Leaving Certificate Examination (including Day School Certificate (Higher) General paper), 1937
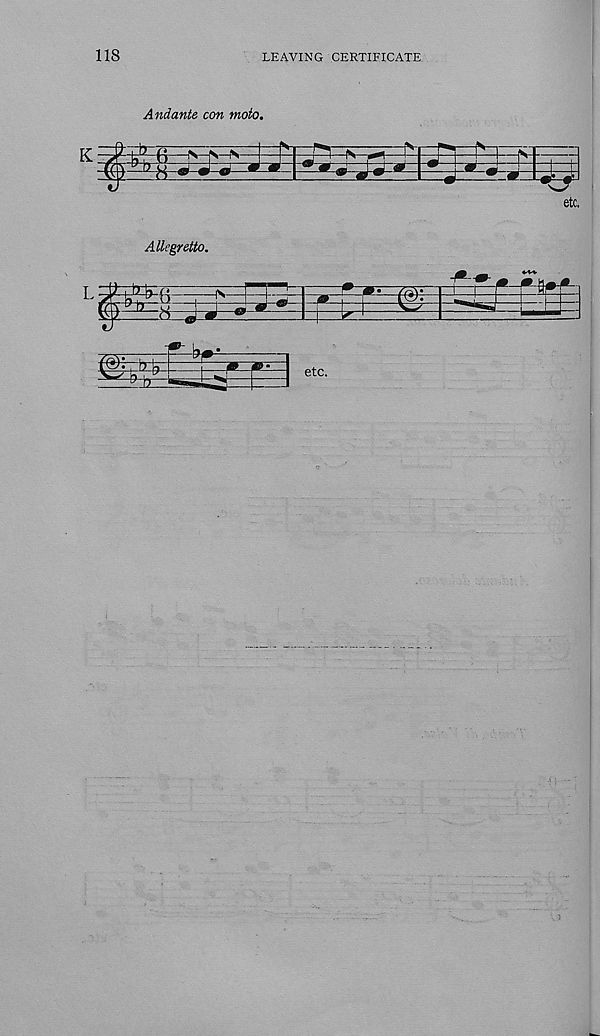
118
LEAVING CERTIFICATE
Andante con moto.
Allegretto.
L
1
*
0<B— ®
etc.